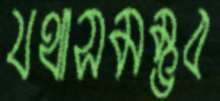
যথাসমম্ভব